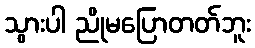
သွားပါ ညိုမပြောတတ်ဘူး